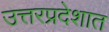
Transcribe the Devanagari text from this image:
उत्तरप्रदेशात